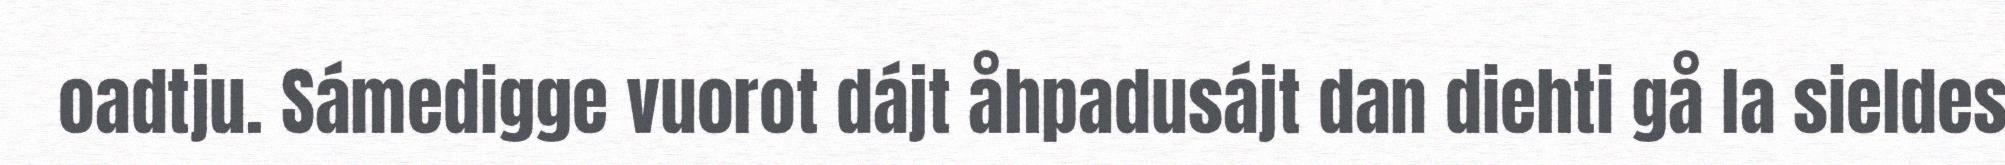
oadtju. Sámedigge vuorot dájt åhpadusájt dan diehti gå la sieldes